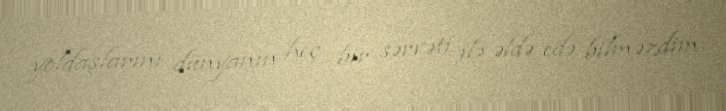
yoldaşlarını dünyanın heç bir sərvəti ilə əldə edə bilməzdim.